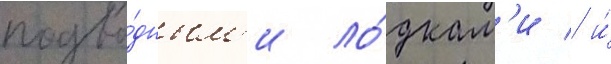
подво́дным'и ло́дкам'и / и́